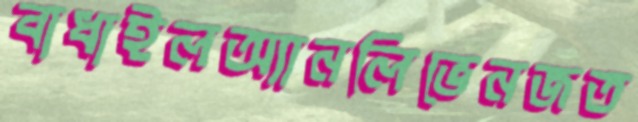
বাধাইলঅ্যানলিভেনজত